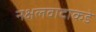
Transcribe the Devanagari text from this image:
नक्षलवादाकडे